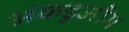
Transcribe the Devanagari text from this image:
अंकडुओंग